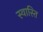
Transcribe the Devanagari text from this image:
स्‍वास्‍ति